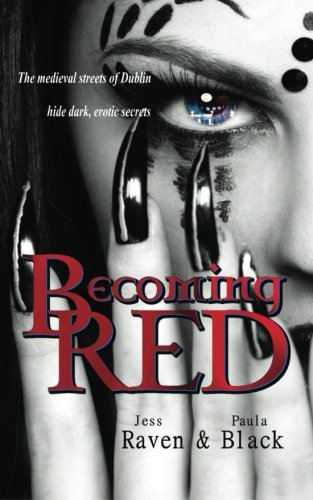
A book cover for Becoming Red (The Becoming Novels) (Volume 1); Jess Raven; Romance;